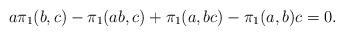
LaTeX: \begin{align*}a\pi_1(b,c) - \pi_1(ab,c) + \pi_1(a,bc) - \pi_1(a,b)c = 0.\end{align*}